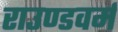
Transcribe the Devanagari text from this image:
राउण्डवर्म